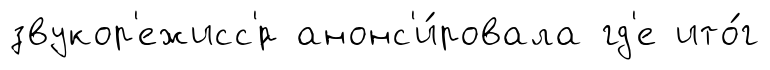
звукор'ежисс'́р анонс'и́ровала гд'е ито́г